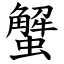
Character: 蟹